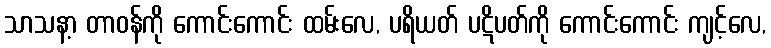
သာသနာ့ တာဝန်ကို ကောင်းကောင်း ထမ်းလေ, ပရိယတ် ပဋိပတ်ကို ကောင်းကောင်း ကျင့်လေ,